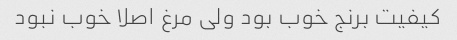
کیفیت برنج خوب بود ولی مرغ اصلا خوب نبود